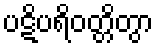
ပဋိပရိဝတ္တိတွာ